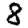
Digit: 8